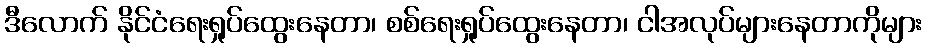
ဒီလောက် နိုင်ငံရေးရှုပ်ထွေးနေတာ၊ စစ်ရေးရှုပ်ထွေးနေတာ၊ ငါအလုပ်များနေတာကိုများ